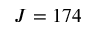
J = 1 7 4